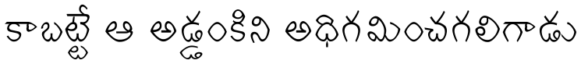
కాబట్టే ఆ అడ్డంకిని అధిగమించగలిగాడు